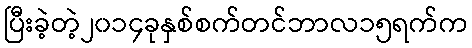
ပြီးခဲ့တဲ့၂၀၁၄ခုနှစ်စက်တင်ဘာလ၁၅ရက်က